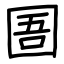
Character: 圄